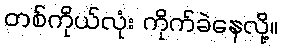
တစ်ကိုယ်လုံး ကိုက်ခဲနေလို့။